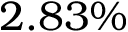
2 . 8 3 \%